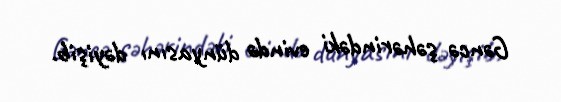
Gəncə şəhərindəki evində dünyasını dəyişib.